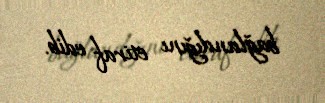
bağlandığını etiraf edib.